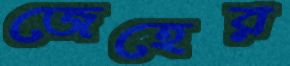
জেহের